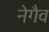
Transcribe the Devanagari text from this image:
नेगैव